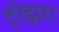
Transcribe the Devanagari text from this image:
ट्रेझरर